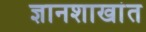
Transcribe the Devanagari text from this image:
ज्ञानशाखांत